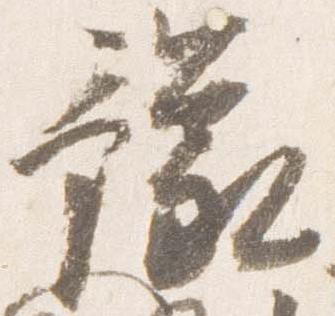
豫